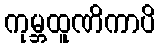
ကုမ္ဘထူဏိကာပိ